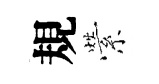
規縈